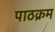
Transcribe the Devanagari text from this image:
पाठक्रम